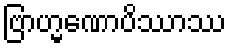
ဗြာဟ္မဏောပိဿာဿ